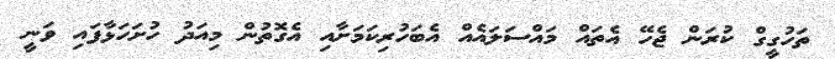
ތަހުގީގް ކުރަން ޖެހޭ އެތައް މައްސަލައެއް އެބަހުރިކަމަށާއި އެގޮތުން މިއަދު ހުށަހަޅާފައި ވަނީ